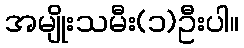
အမျိုးသမီး(၁)ဦးပါ။